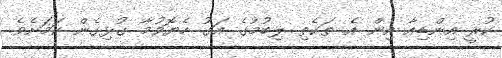
ކުރީ އިންޑިއާ އިން އެ ތަކެތި ލިބުމުގެ އަގު ހެޔޮވުމާ ގުޅިގެން ކަމަށެވެ.